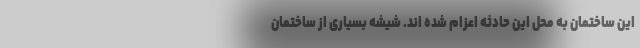
این ساختمان به محل این حادثه اعزام شده اند. شیشه بسیاری از ساختمان